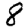
Digit: 8